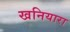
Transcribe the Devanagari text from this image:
खनियारा